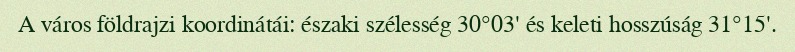
A város földrajzi koordinátái: északi szélesség 30°03' és keleti hosszúság 31°15'.